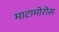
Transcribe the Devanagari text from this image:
माटामोरोस